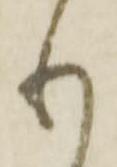
り